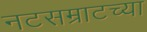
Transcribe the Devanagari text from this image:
नटसम्राटच्या